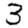
Digit: 3